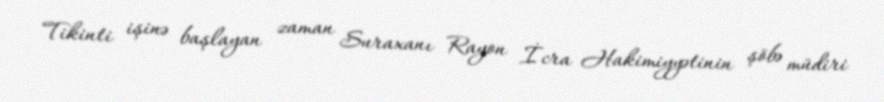
Tikinti işinə başlayan zaman Suraxanı Rayon İcra Hakimiyyətinin şöbə müdiri